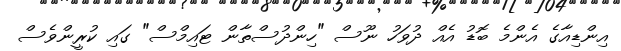
އިންޑިއާގެ އެންމެ ބޮޑު އެއް ދުވަހު ނޫސް "ހިންދުސްތާން ޓައިމްސް" ގައި ކުރީންވެސް